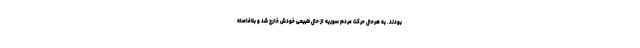
بودند. به هرحال حرکت مردم سوریه از حال طبیعی خودش خارج شد و بلافاصله